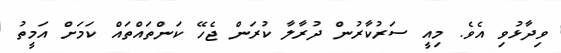
ވިދާޅުވި އެވެ. މިއީ ސަރުކާރުން ދުރާލާ ކުރަން ޖެހޭ ކަންތައްތައް ކަމަށް އަމީތު